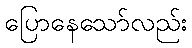
ပြောနေသော်လည်း